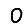
Digit: 0